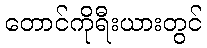
တောင်ကိုရီးယားတွင်